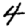
Digit: 4